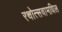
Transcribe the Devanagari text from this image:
रथोत्सवामधिल